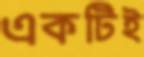
একটিই